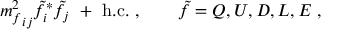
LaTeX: { m _ { f } ^ { 2 } } _ { i j } \tilde { f } _ { i } ^ { * } \tilde { f } _ { j } \ + \ \mathrm { h . c . } \ , \qquad \tilde { f } = Q , U , D , L , E \ ,